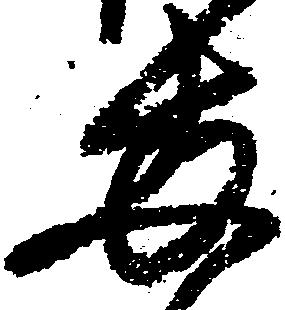
両